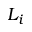
L _ { i }